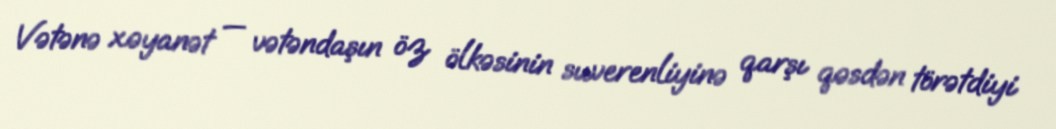
Vətənə xəyanət — vətəndaşın öz ölkəsinin suverenliyinə qarşı qəsdən törətdiyi